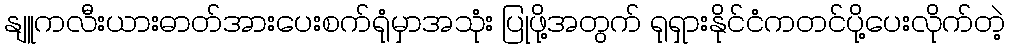
နျူကလီးယားဓာတ်အားပေးစက်ရုံမှာအသုံး ပြုဖို့အတွက် ရုရှားနိုင်ငံကတင်ပို့ပေးလိုက်တဲ့